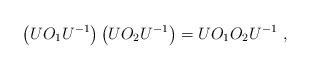
LaTeX: \begin{align*} \left( U O_1 U^{-1}\right) \left( U O_2 U^{-1}\right) = U O_1O_2 U^{-1} ~,\end{align*}